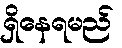
ရှိနေရမည်